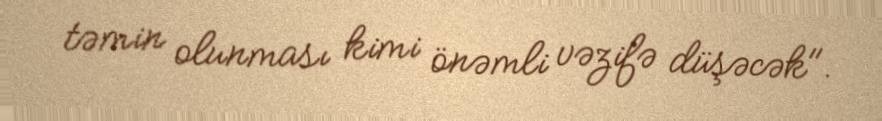
təmin olunması kimi önəmli vəzifə düşəcək".